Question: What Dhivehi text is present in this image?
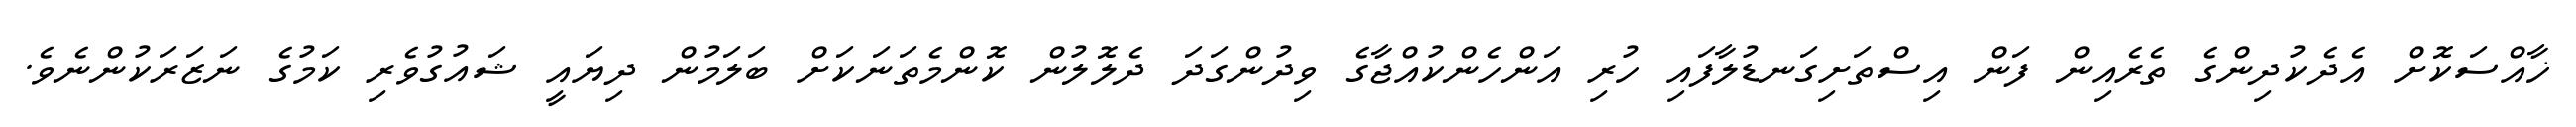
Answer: ޚާއްސަކޮށް އެދެކުދިންގެ ތެރެއިން ފަން އިސްތަށިގަނޑުލާފައި ހުރި އަންހެންކުއްޖާގެ ވިދުންގަދަ ދެލޮލުން ކޮންމެތަނަކަށް ބަލަމުން ދިޔައީ ޝައުގުވެރި ކަމުގެ ނަޒަރަކުންނެވެ.